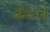
કોલરો